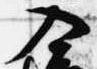
入